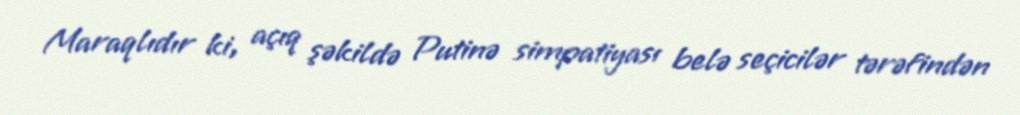
Maraqlıdır ki, açıq şəkildə Putinə simpatiyası belə seçicilər tərəfindən